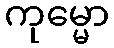
ကုမ္မော